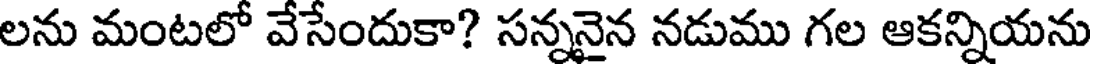
లను మంటలో వేసేందుకా? సన్ననైన నడుము గల ఆకన్నియను